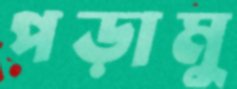
পড়ামু